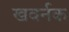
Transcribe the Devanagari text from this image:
खवर्नक